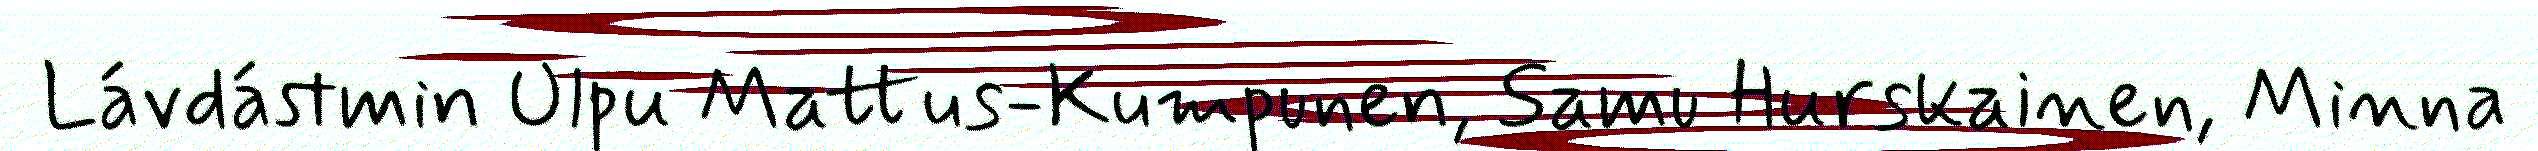
Lávdástmin Ulpu Mattus-Kumpunen, Samu Hurskainen, Minna